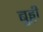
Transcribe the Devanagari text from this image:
बुड्ढी